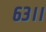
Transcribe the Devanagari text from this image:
६३।।